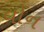
વોન